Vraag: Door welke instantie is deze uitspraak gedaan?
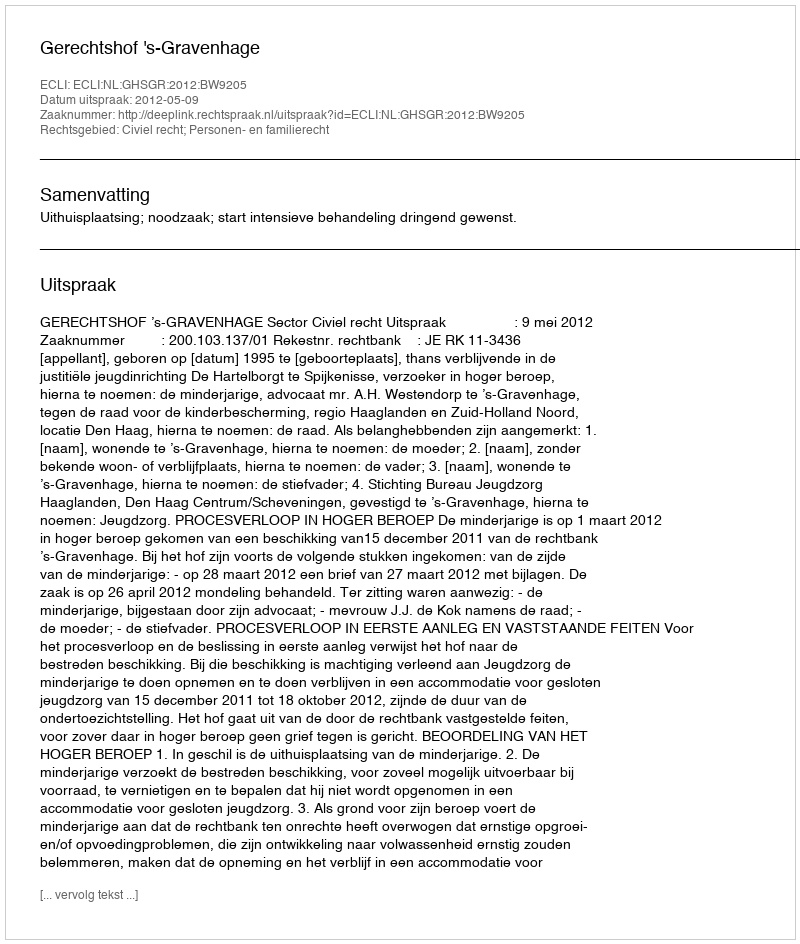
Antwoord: Gerechtshof 's-Gravenhage